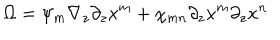
LaTeX: \Omega = \psi _ { m } \nabla _ { z } \partial _ { z } x ^ { m } + \chi _ { m n } \partial _ { z } x ^ { m } \partial _ { z } x ^ { n }